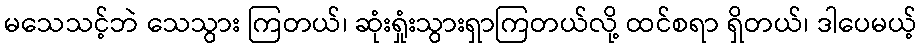
မသေသင့်ဘဲ သေသွား ကြတယ်၊ ဆုံးရှုံးသွားရှာကြတယ်လို့ ထင်စရာ ရှိတယ်၊ ဒါပေမယ့်